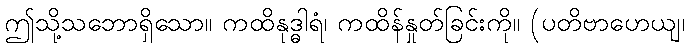
ဤသို့သဘောရှိသော။ ကထိနုဒ္ဓါရံ၊ ကထိန်နှုတ်ခြင်းကို။ (ပတိဗာဟေယျ၊